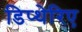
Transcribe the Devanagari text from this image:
डिप्थेरिए